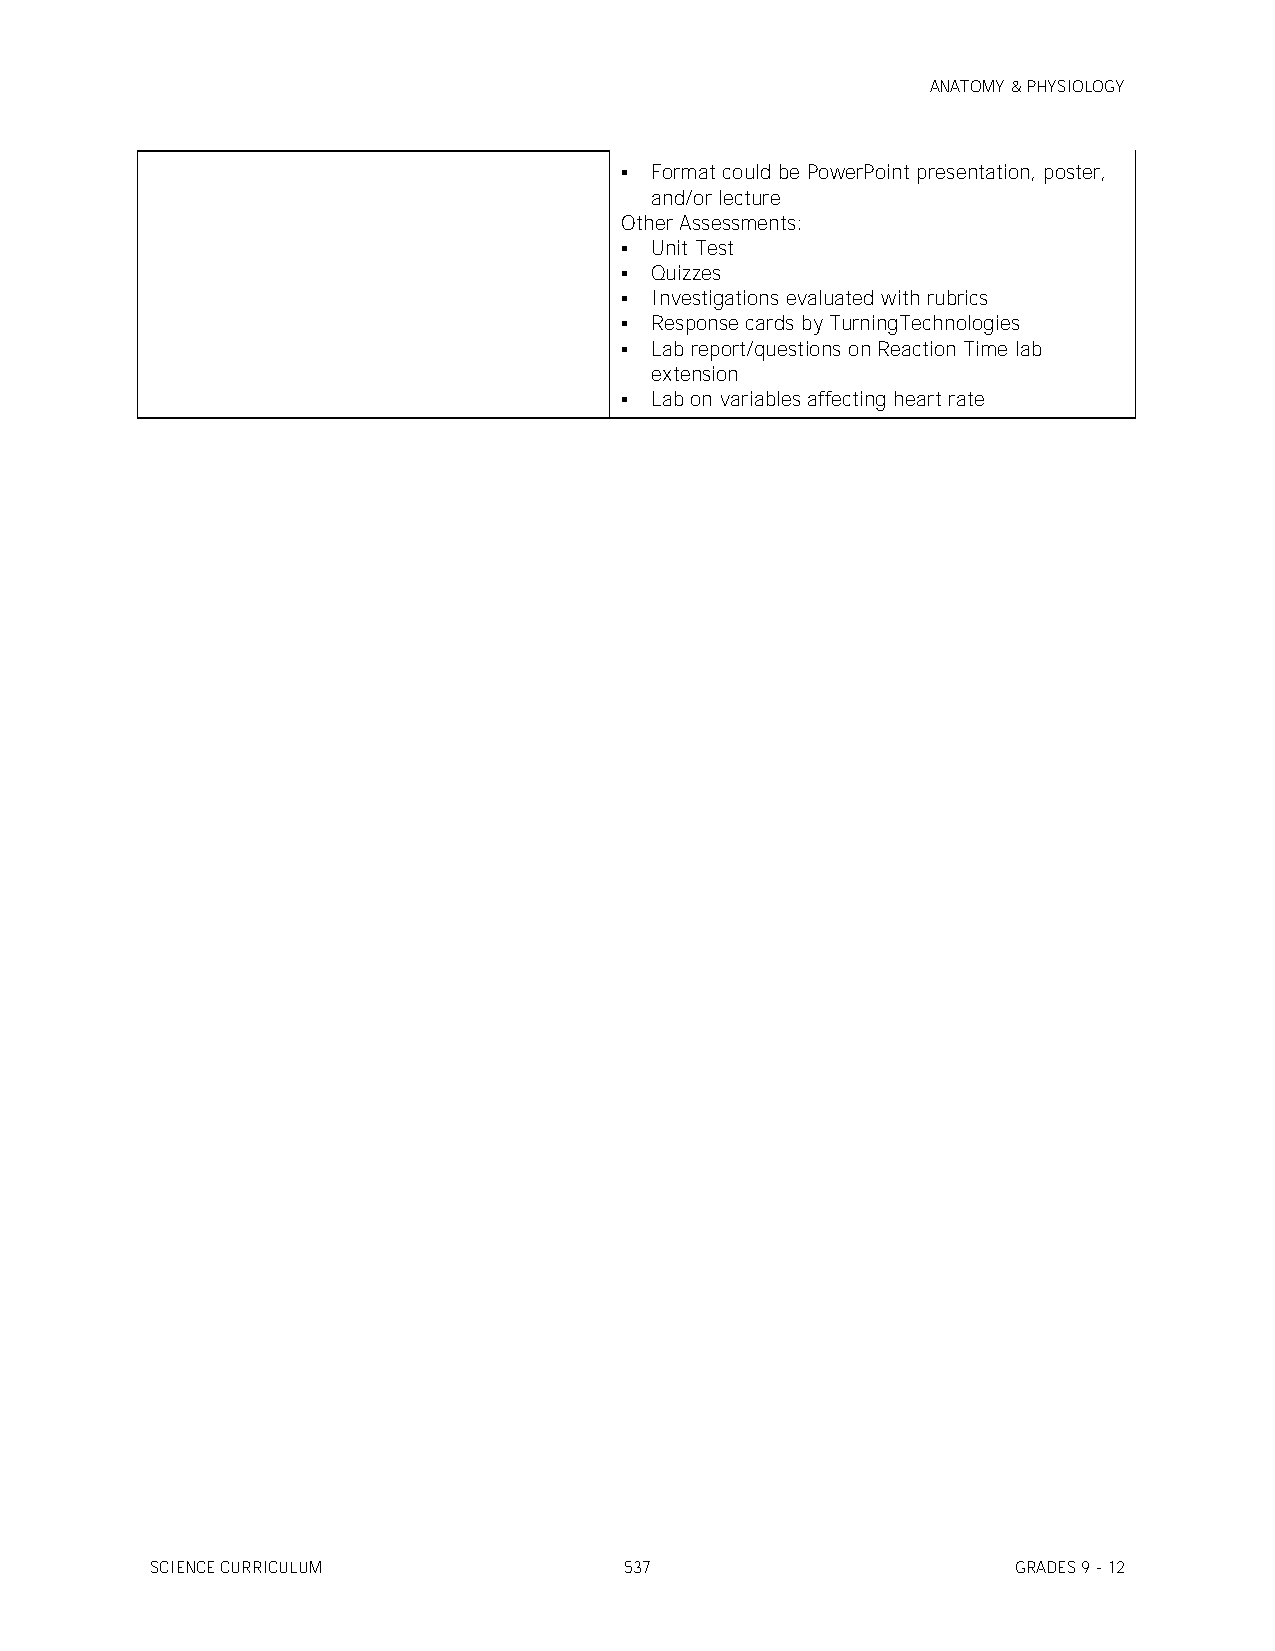
ANATOMY & PHYSIOLOGY
  Format could be PowerPoint presentation, poster,
 and/or lecture
 Other Assessments:
  Unit Test
  Quizzes
  Investigations evaluated with rubrics
  Response cards by TurningTechnologies
  Lab report/questions on Reaction Time lab
 extension
  Lab on variables affecting heart rate
 SCIENCE CURRICULUM             537                       GRADES 9 - 12